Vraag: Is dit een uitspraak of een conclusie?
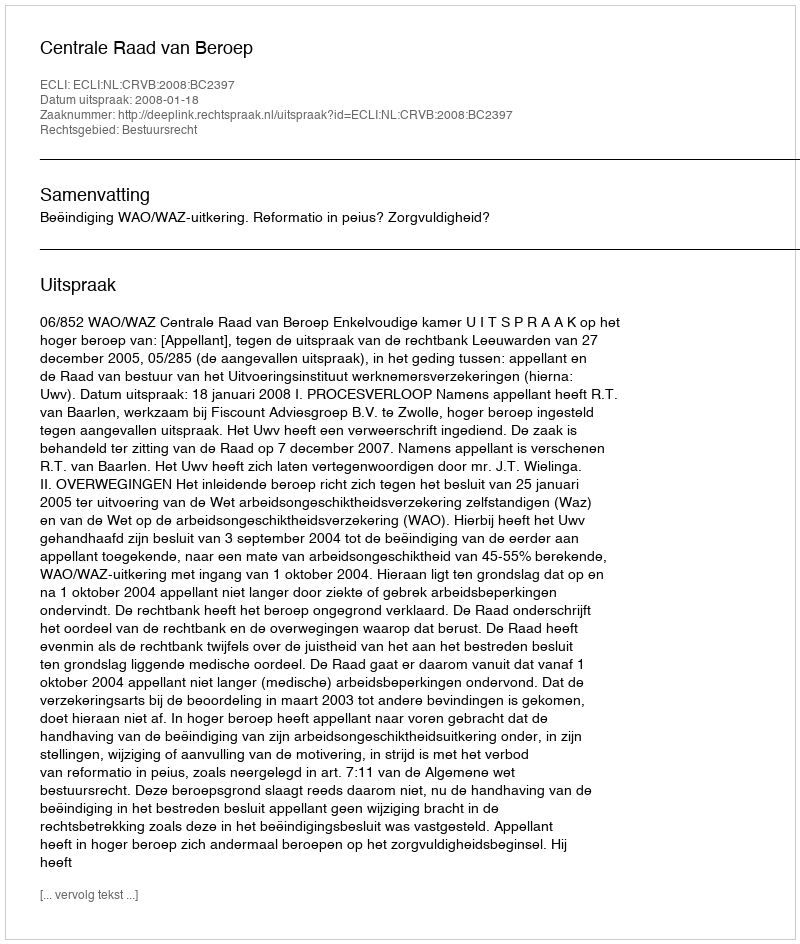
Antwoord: Uitspraak